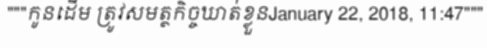
"""កូនដើម ត្រូវសមត្ថកិច្ចឃាត់ខ្លួនJanuary 22, 2018, 11:47"""